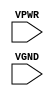
module sky130_fd_sc_hs__decap (
    VPWR,
    VGND
);

    input VPWR;
    input VGND;
endmodule